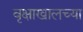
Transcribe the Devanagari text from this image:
वृक्षाखालच्या